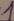
Text: 1